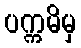
ပက္ကမိမှ